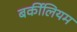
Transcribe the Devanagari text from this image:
बर्कीलियम